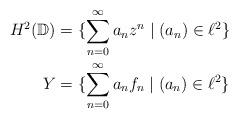
LaTeX: \begin{align*}H^2(\mathbb{D}) &= \{\sum_{n=0}^{\infty} a_n z^n \mid (a_n) \in \ell^2\} \\Y &= \{\sum_{n=0}^{\infty} a_n f_n \mid (a_n) \in \ell^2\}\end{align*}